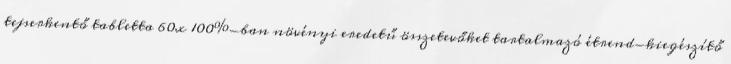
tejserkentő tabletta 60x 100%-ban növényi eredetű összetevőket tartalmazó étrend-kiegészítő